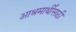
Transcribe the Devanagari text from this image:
आश्रमार्थींसाठी